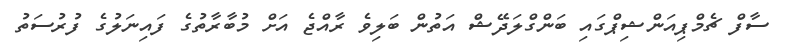
ސާފް ޗެމްޕިއަންޝިޕްގައި ބަންގްލަދޭޝް އަތުން ބަލިވެ ރާއްޖެ އަށް މުބާރާތުގެ ފައިނަލުގެ ފުރުސަތު